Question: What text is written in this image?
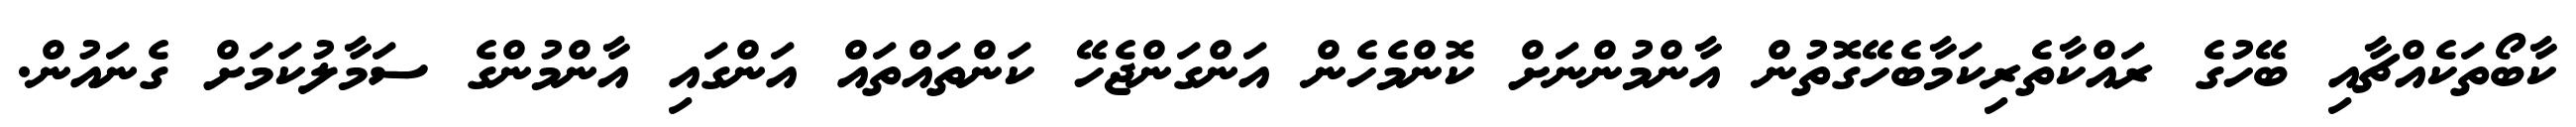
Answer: ކާބޯތަކެއްޗާއި ބޭހުގެ ރައްކާތެރިކަމާބެހޭގޮތުން އާންމުންނަށް ކޮންމެހެން އަންގަންޖެހޭ ކަންތައްތައް އަންގައި އާންމުންގެ ސަމާލުކަމަށް ގެނައުން.